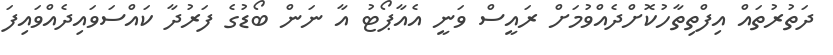
ދަތުރުތައް އިފްތިތާހުކޮށްދެއްވުމަށް ރައީސް ވަނީ އެއާޕޯޓު އާ ނަން ބޯޑުގެ ފަރުދާ ކައްސަވައިދެއްވައިފަ